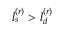
l _ { s } ^ { ( r ) } > l _ { d } ^ { ( r ) }